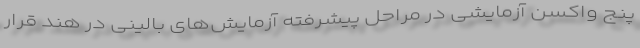
پنج واکسن آزمایشی در مراحل پیشرفته آزمایش‌های بالینی در هند قرار